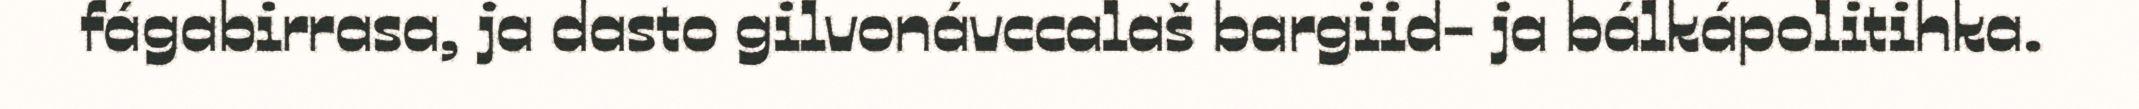
fágabirrasa, ja dasto gilvonávccalaš bargiid- ja bálkápolitihka.